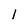
Character: l